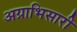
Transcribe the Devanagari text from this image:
अग्राभिसारी